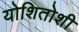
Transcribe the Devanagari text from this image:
योशितोशी